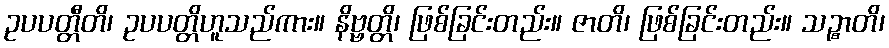
ဥပပတ္တီတိ၊ ဥပပတ္တိဟူသည်ကား။ နိဗ္ဗတ္တိ၊ ဖြစ်ခြင်းတည်း။ ဇာတိ၊ ဖြစ်ခြင်းတည်း။ သဉ္စာတိ၊